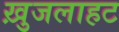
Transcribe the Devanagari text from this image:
ख़ुजलाहट